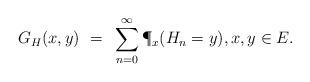
LaTeX: \begin{align*}G_H(x,y) ~=~ \sum_{n=0}^\infty \P_x(H_n = y), x,y\in E.\end{align*}